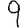
Digit: 9